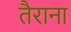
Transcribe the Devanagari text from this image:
तैराना